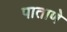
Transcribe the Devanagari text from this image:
पाताणे